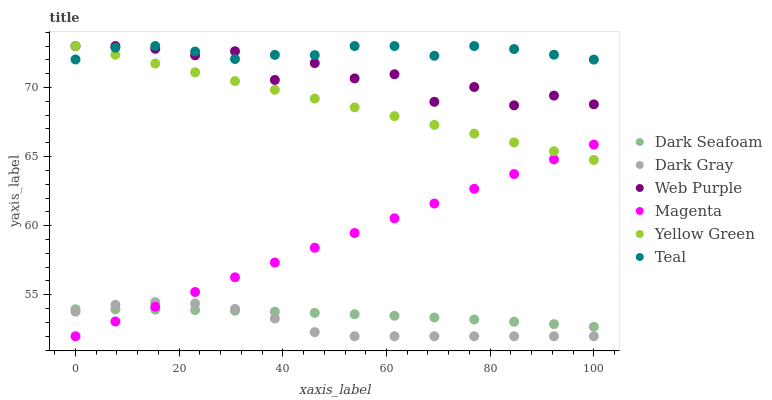
| xaxis_label | Dark Seafoam | Dark Gray | Web Purple | Magenta | Yellow Green | Teal |
 | --- | --- | --- | --- | --- | --- | --- |
 | 0 | 54 | 53.8 | 73 | 52 | 73 | 72 |
 | 7.69 | 53.9 | 54.3 | 73 | 53.1 | 72.4 | 72.9 |
 | 15.4 | 53.9 | 54.5 | 72.8 | 54.1 | 71.7 | 73 |
 | 23.1 | 53.9 | 54.4 | 72.3 | 55.2 | 71.1 | 72.6 |
 | 30.8 | 53.8 | 54 | 72.6 | 56.3 | 70.5 | 72.1 |
 | 38.5 | 53.8 | 53.3 | 70.5 | 57.3 | 69.8 | 72.4 |
 | 46.2 | 53.7 | 52.3 | 71.8 | 58.4 | 69.2 | 72.3 |
 | 53.8 | 53.6 | 52 | 70.7 | 59.5 | 68.6 | 73 |
 | 61.5 | 53.5 | 52 | 71 | 60.5 | 67.9 | 73 |
 | 69.2 | 53.4 | 52 | 69 | 61.6 | 67.3 | 72.3 |
 | 76.9 | 53.2 | 52 | 70 | 62.7 | 66.7 | 73 |
 | 84.6 | 53.1 | 52 | 68.7 | 63.7 | 66 | 72.8 |
 | 92.3 | 52.9 | 52 | 69.4 | 64.8 | 65.4 | 72.4 |
 | 100 | 52.7 | 52 | 68.8 | 65.9 | 64.8 | 72 |